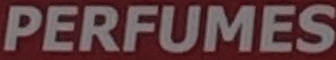
PERFUMES